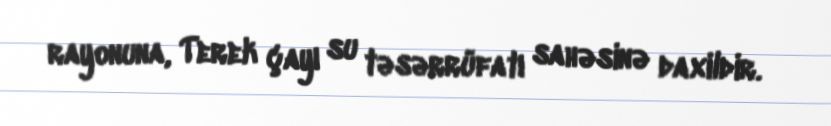
rayonuna, Terek çayı su təsərrüfatı sahəsinə daxildir.